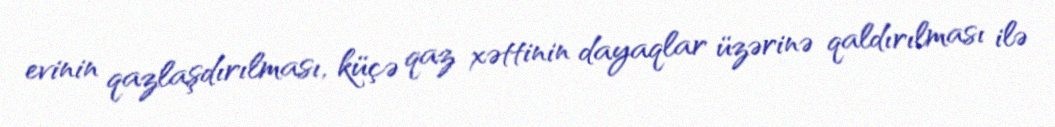
evinin qazlaşdırılması, küçə qaz xəttinin dayaqlar üzərinə qaldırılması ilə